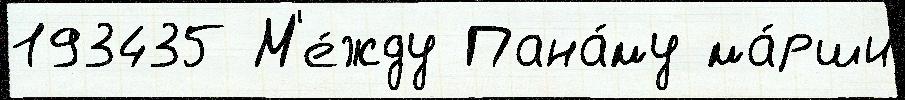
193435 М'е́жду Пана́му ма́рши